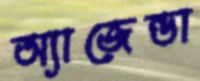
অ্যাজেন্ডা